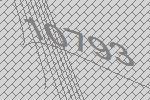
10793